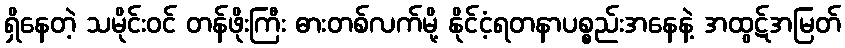
ရှိနေတဲ့ သမိုင်းဝင် တန်ဖိုးကြီး ဓားတစ်လက်မို့ နိုင်ငံ့ရတနာပစ္စည်းအနေနဲ့ အထွဋ်အမြတ်